Report on vaccination North-West Frontier Province 1904-1922 - 1904-1922
Year: 1904
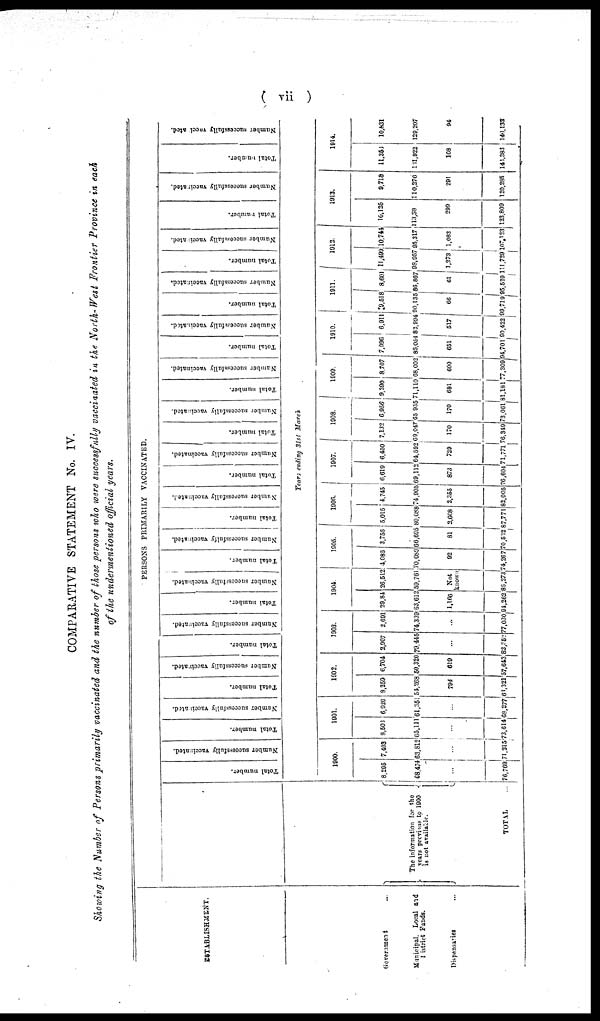
( vii )
COMPARATIVE STATEMENT No. IV.
Showing the Number of Persons primarily vaccinated and the number of those persons who were successfully vaccinated in the North-West Frontier Province in each
of the undermentioned official years.
ESTABLISHMENT.
Government
Municipal, Local and
District Funds.
Dispensaries ...
The information for the
years previous to 1900
is not available.
TOTAL ...
PERSONS PRIMARILY VACCINATED.
Total Number.
Number successfully vaccinated.
Total number.
Number successfully vaccinated.
Total number.
Number successfully vaccinated.
Total number.
Number successfully vaccinated.
Total number.
Number successfully vaccinated.
Total number.
Number successfully vaccinated.
Total number.
Number successfully vaccinated.
Total number.
Number successfully vaccinated.
Total number.
Number successfully vaccinated.
Total number.
Number successfully vaccinated.
Total number.
Number successfully vaccinated.
Total number.
Number successfully vaccinated.
Total number.
Number successfully vaccinated.
Total number.
Number successfully vaccinated.
Total number.
Number successfully vaccinated.
Years ending 31st March
1900.
8,295
68,474
...
76,769
7,403
63,812
...
71,315
1901.
8,503
65,111
...
73,614
6,920
61,351
...
68,277
1902.
8,259
54,268
794
63,321
6,704
50,320
619
57,643
1903.
2,907
79,445
...
82,352
2,691
74,339
...
77,030
1904.
29,84
63,612
1,166
94,262
26,512
59,761
Not
known
86,273
1905.
4,086
70,089
92
74,267
3,756
66,695
81
70,532
1906.
5,015
80,088
2,668
87,771
4,745
74,905
2,355
82,005
1907.
6,619
69,112
873
76,604
6,450
64,592
729
71,771
1908.
7,132
69,047
170
76,349
6,956
65,935
170
73,061
1909.
9,390
71,110
681
81,181
8,707
68,002
600
77,309
1910.
7,996
86,054
651
94,701
6,911
82,994
517
90,422
1911.
9,518
90,135
66
99,719
8,601
86,867
61
95,529
1912.
11,499
98,957
1,273
111,729
10,744
95,317
1,063
107,123
1913.
10,125
113,38
299
123,809
9,718
110,276
291
120,285
1914.
11,356
131,922
108
143,383
10,831
129,207
94
140,132